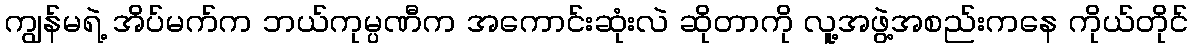
ကျွန်မရဲ့ အိပ်မက်က ဘယ်ကုမ္ပဏီက အကောင်းဆုံးလဲ ဆိုတာကို လူ့အဖွဲ့အစည်းကနေ ကိုယ်တိုင်